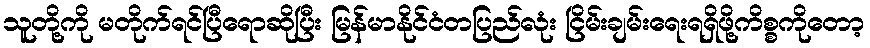
သူတို့ကို မတိုက်ရင်ပြီရောဆိုပြီး မြန်မာနိုင်ငံတပြည်လုံး ငြိမ်းချမ်းရေးရရှိဖို့ကိစ္စကိုတော့